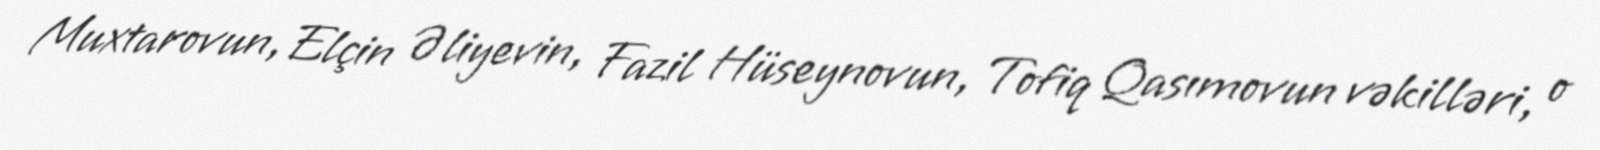
Muxtarovun, Elçin Əliyevin, Fazil Hüseynovun, Tofiq Qasımovun vəkilləri, o